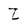
Character: Z